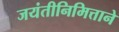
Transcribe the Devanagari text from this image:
जयंतीनिमित्ताने